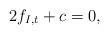
LaTeX: \begin{align*}2f_{I,t}+c=0, \end{align*}